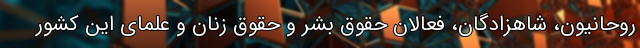
روحانیون، شاهزادگان، فعالان حقوق بشر و حقوق زنان و علمای این کشور